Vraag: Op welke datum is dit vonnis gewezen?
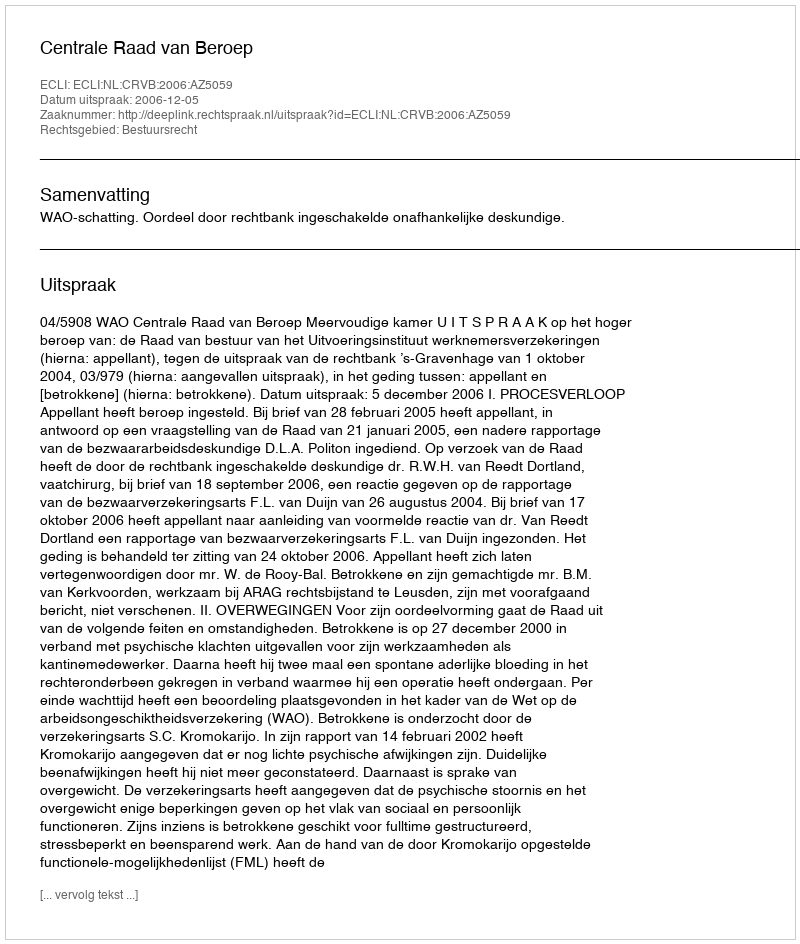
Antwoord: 2006-12-05